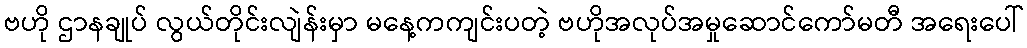
ဗဟို ဌာနချုပ် လွယ်တိုင်းလျဲန်းမှာ မနေ့ကကျင်းပတဲ့ ဗဟိုအလုပ်အမှုဆောင်ကော်မတီ အရေးပေါ်